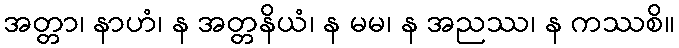
အတ္တာ၊ နာဟံ၊ န အတ္တနိယံ၊ န မမ၊ န အညဿ၊ န ကဿစိ။